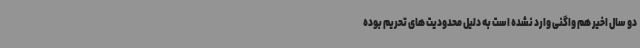
دو سال اخیر هم واگنی وارد نشده است به دلیل محدودیت های تحریم بوده